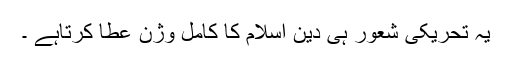
یہ تحریکی شعور ہی دین اسلام کا کامل وژن عطا کرتاہے ۔